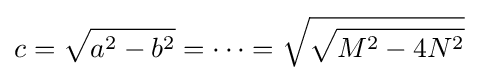
c={\sqrt {a^{2}-b^{2}}}=\cdots ={\sqrt {\sqrt {M^{2}-4N^{2}}}}\